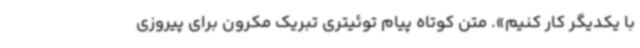
با یکدیگر کار کنیم». متن کوتاه پیام توئیتری تبریک مکرون برای پیروزی